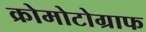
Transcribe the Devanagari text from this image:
क्रोमोटोग्राफ